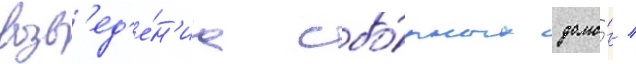
возв'ед'е́н'иа сбо́рных домо́в /